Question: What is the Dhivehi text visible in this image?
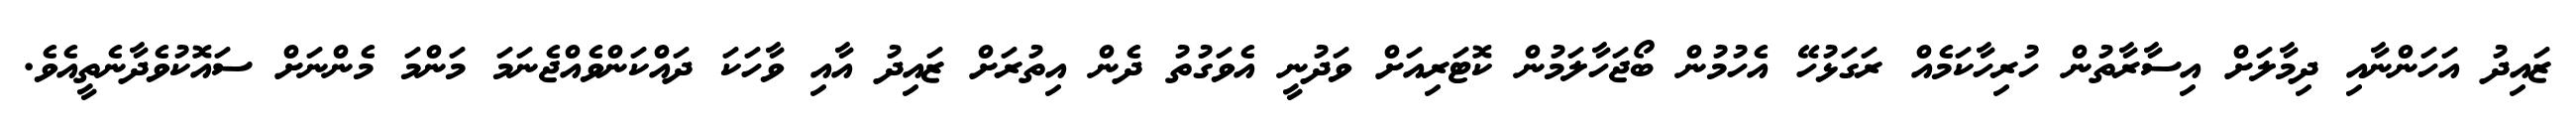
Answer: ޒައިދު އަހަންނާއި ދިމާލަށް އިސާރާތުން ހުރިހާކަމެއް ރަގަޅުހޭ އެހުމުން ބޯޖަހާލަމުން ކޮޓަރިއަށް ވަދުނީ އެވަގުތު ދެން އިތުރަށް ޒައިދު އާއި ވާހަކަ ދައްކަންވެއްޖެނަމަ މަންމަ މެންނަށް ސައޮކުވެދާނެތީއެވެ.